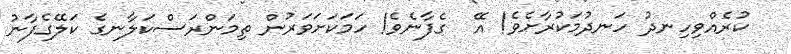
ކުރެއްވިހިނދު ހަނދުމަކުރާށެވެ! އޭ  ގެފާނެވެ! ހަމަކަށަވަރުން ތިމަންރަސްކަލާނގެ ކަލޭގެފާނު